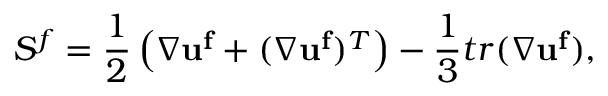
\boldsymbol { S ^ { f } } = \frac { 1 } { 2 } \left( \boldsymbol { \nabla } \mathbf { u ^ { f } } + ( \boldsymbol { \nabla } \mathbf { u ^ { f } } ) ^ { T } \right) - \frac { 1 } { 3 } t r ( \boldsymbol { \nabla } \mathbf { u ^ { f } } ) ,